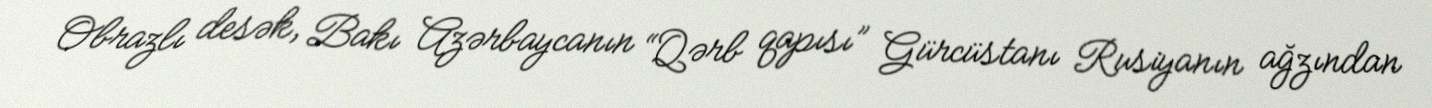
Obrazlı desək, Bakı Azərbaycanın “Qərb qapısı” Gürcüstanı Rusiyanın ağzından